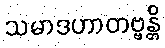
သမာဒဟာတဗ္ဗန္တိ